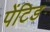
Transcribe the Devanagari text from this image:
पेंटिड